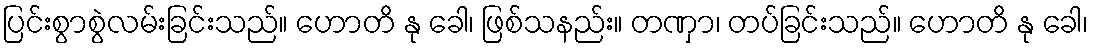
ပြင်းစွာစွဲလမ်းခြင်းသည်။ ဟောတိ နု ခေါ၊ ဖြစ်သနည်း။ တဏှာ၊ တပ်ခြင်းသည်။ ဟောတိ နု ခေါ၊